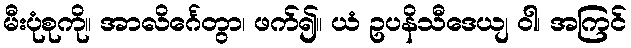
မီးပုံစုကို။ အာလိင်္ဂေတွာ၊ ဖက်၍။ ယံ ဥပနိသီဒေယျ ဝါ၊ အကြင်